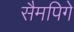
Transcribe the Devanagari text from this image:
सैमपिगे